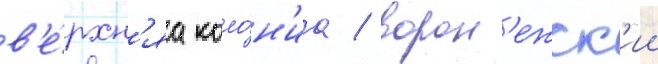
в'е́рхн'яа коло́н'иа / ворон'ежск'ии